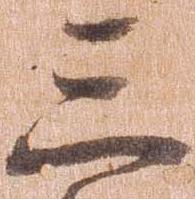
三